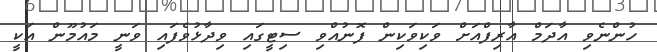
ހުންނެވި އާދަމް އާރިފްއަށް ވަކިވަކިން ފޮނުއްވި ސިޓީގައި ވިދާޅުވެފައި ވަނީ މައުމޫން އަކީ